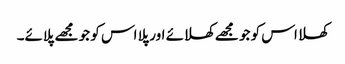
کھلا اس کو جو مجھے کھلائے اور پلا اس کو جو مجھے پلائے۔